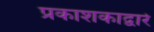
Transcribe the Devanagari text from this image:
प्रकाशकाद्वारे